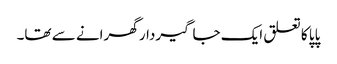
پاپا کا تعلق ایک جاگیردار گھرانے سے تھا۔